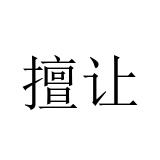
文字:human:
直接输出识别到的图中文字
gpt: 擅让